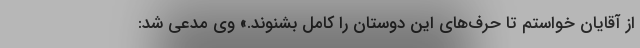
از آقایان خواستم تا حرف‌های این دوستان را کامل بشنوند.» وی مدعی شد: